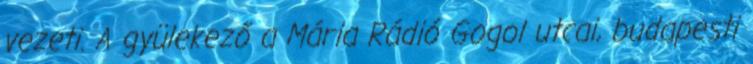
vezeti. A gyülekező a Mária Rádió Gogol utcai, budapesti